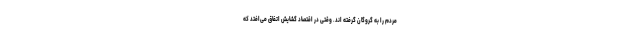
مردم را به گروگان گرفته اند. وقتی در اقتصاد گشایش اتفاق می‌افتد که